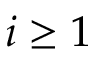
i \ge 1